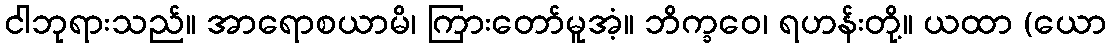
ငါဘုရားသည်။ အာရောစယာမိ၊ ကြားတော်မူအံ့။ ဘိက္ခဝေ၊ ရဟန်းတို့။ ယထာ (ယော